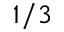
1 / 3